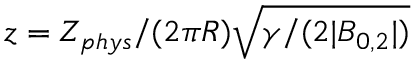
z = Z _ { p h y s } / ( 2 \pi R ) \sqrt { \gamma / ( 2 | B _ { 0 , 2 } | ) }